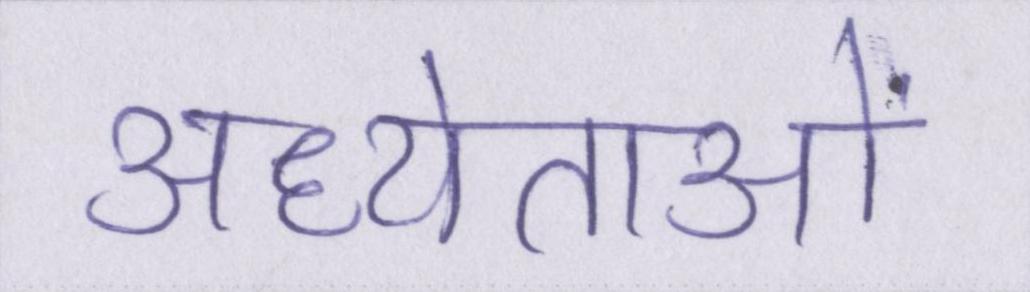
अध्येताओं